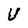
Character: V